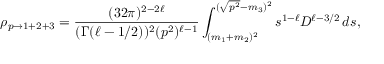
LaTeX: \rho _ { p \rightarrow 1 + 2 + 3 } = \frac { ( 3 2 \pi ) ^ { 2 - 2 \ell } } { ( \Gamma ( \ell - 1 / 2 ) ) ^ { 2 } ( p ^ { 2 } ) ^ { \ell - 1 } } \int _ { ( m _ { 1 } + m _ { 2 } ) ^ { 2 } } ^ { ( \sqrt { p ^ { 2 } } - m _ { 3 } ) ^ { 2 } } s ^ { 1 - \ell } { \cal D } ^ { \ell - 3 / 2 } \, d s ,